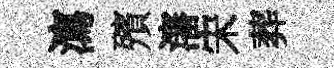
瀉殯瀋宋葬